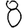
Digit: 8